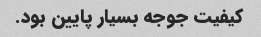
کیفیت جوجه بسیار پایین بود.